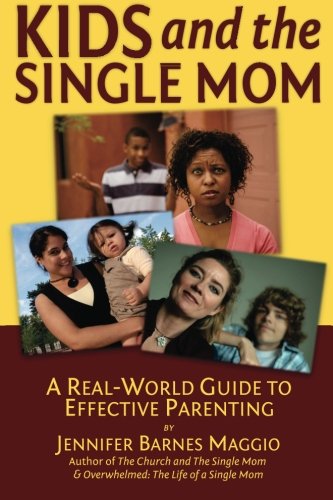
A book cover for Kids and the Single Mom: Real-Word Guide to Effective Parenting; Jennifer Barnes Maggio; Parenting & Relationships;